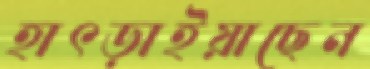
হাৎড়াইয়াছেন